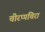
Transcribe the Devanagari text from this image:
चीरप्पंचिरा